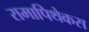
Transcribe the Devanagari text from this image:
रामापिथेकस